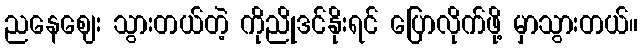
ညနေဈေး သွားတယ်တဲ့ ကိုညိုဒင်နိုးရင် ပြောလိုက်ဖို့ မှာသွားတယ်။